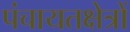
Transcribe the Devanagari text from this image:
पंचायतक्षेत्रों